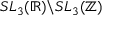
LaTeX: S L _ { 3 } ( \mathbb { R } ) \backslash S L _ { 3 } ( \mathbb { Z } )